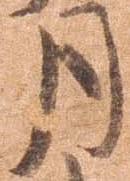
月